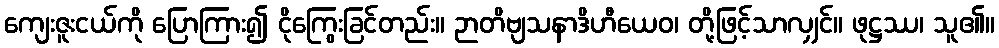
ကျေးဇူးငယ်ကို ပြောကြား၍ ငိုကြွေးခြင်တည်း။ ဉာတိဗျသနာဒိဟီယေဝ၊ တို့ဖြင့်သာလျှင်။ ဖုဋ္ဌဿ၊ သူ၏။